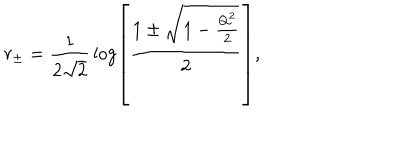
r _ { \pm } = { \frac { 1 } { 2 \sqrt 2 } } \log \left[ { \frac { 1 \pm \sqrt { 1 - { \frac { Q ^ { 2 } } { 2 } } } } { 2 } } \right] ,